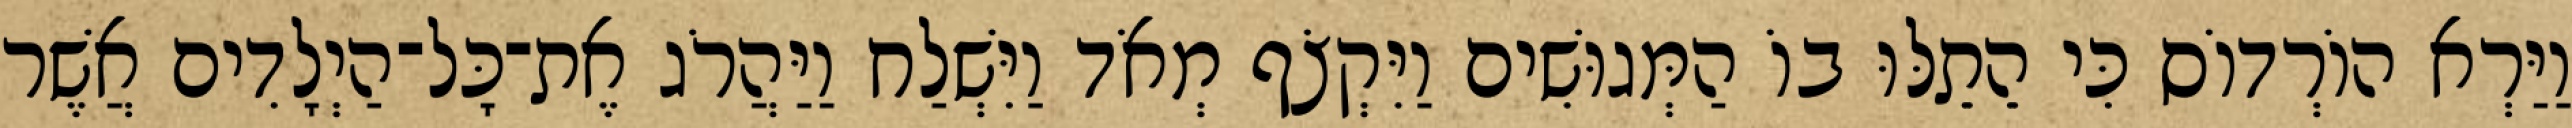
וַיַּרְא הוֹרְדוֹס כִּי הֵתֵלּוּ בוֹ הַמְּגוּשִׁים וַיִּקְצֹף מְאֹד וַיִּשְׁלַח וַיַּהֲרֹג אֶת־כָּל־הַיְלָדִים אֲשֶׁר